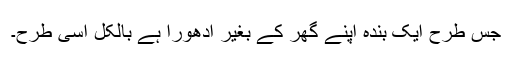
جس طرح ایک بندہ اپنے گھر کے بغیر ادھورا ہے بالکل اسی طرح۔